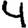
Digit: 4